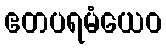
ဧတပရမံယေဝ